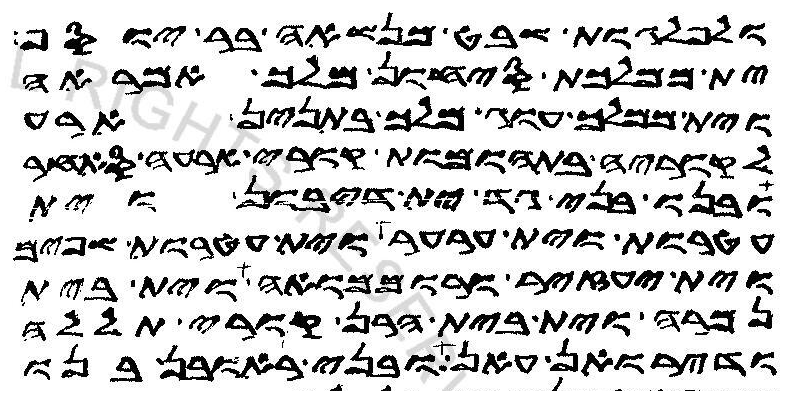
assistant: ולפלגות שבט מנשאה בר יוסף
ית ממלכת סיחון מלך אמראה
וית ממלכת עוג מלך בתנין ארע
לקוריה בתהומת קורי ארעה סאחר
ובנו בני גד ית דיבון וית
עטרות וית ערער וית עטרות שפים
וית יעזיר ורוממואה וית בית
נמרה וית בית הרן קורי תללה
ודירואן עאן ובני ראובן בנו